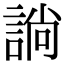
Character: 𧩡